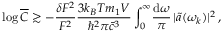
\log \overline { { C } } \gtrsim - \frac { \delta F ^ { 2 } } { F ^ { 2 } } \frac { 3 k _ { B } T m _ { 1 } V } { \hbar ^ { 2 } \pi \bar { c } ^ { 3 } } \int _ { 0 } ^ { \infty } \! \frac { \mathrm { d } \omega } { \pi } \, \vert \tilde { a } ( \omega _ { k } ) \vert ^ { 2 } \, ,